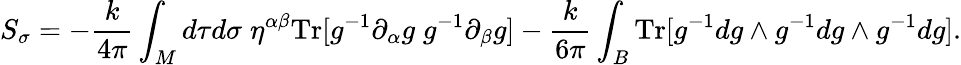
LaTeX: S_{\sigma}=-\frac{k}{4\pi}\int_{M}d\tau d\sigma\; \eta^{\alpha\beta}\mathrm{Tr}[g^{-1}\partial_{\alpha}g\; g^{-1}\partial_{\beta}g]-\frac{k}{6\pi}\int_{B}\mathrm{Tr}[g^{-1}dg\wedge g^{-1}dg\wedge g^{-1}dg].